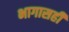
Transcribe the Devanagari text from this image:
भागासही